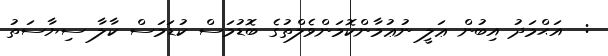
:  އަޙްމަދު އިބުން ޢަލީ ނުޢުމާންކޮމަންވެލްތުގެ ބޮޑުމަސް ކުޑަމަސް ކާލާ ސިޔާސަތު